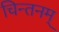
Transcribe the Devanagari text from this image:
चिन्तनम्